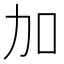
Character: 加